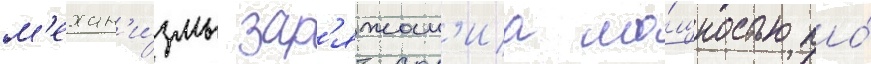
м'ехан'и́змы зар'яжан'иа мо́щностью по́